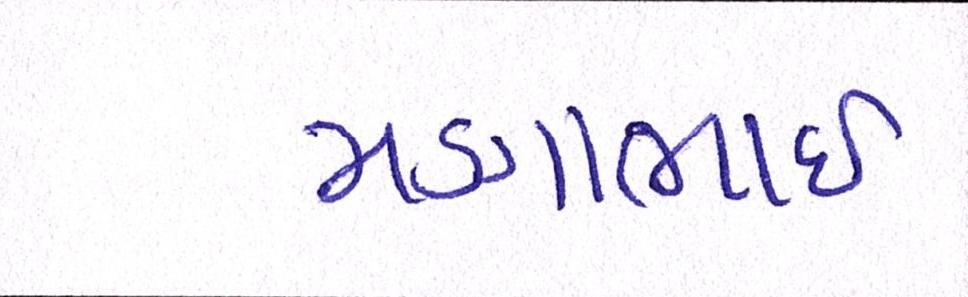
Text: મણાભાઈ